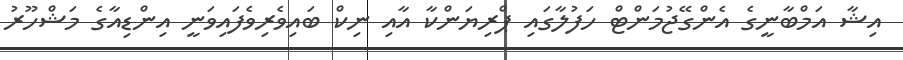
އިޝާ އަމްބާނީގެ އެންގޭޖުމަންޓް ހަފުލާގައި ޕްރިޔަންކާ އާއި ނިކް ބައިވެރިވެފައިވަނީ އިންޑިއާގެ މަޝްހޫރު